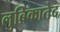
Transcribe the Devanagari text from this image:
लुब्रिकातेद